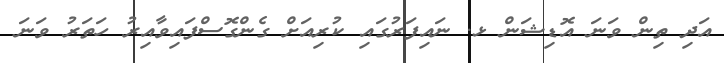
އަދި ތިން ވަނަ އޮޑިޝަން ޅ. ނައިފަރުގައި ކުރިއަށް ގެންގޮސްފައިވާއިރު ހަތަރު ވަނަ